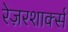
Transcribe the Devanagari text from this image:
रेज़रशार्क्स